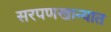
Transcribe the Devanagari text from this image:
सरपणखान्यात